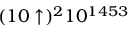
( 1 0 \uparrow ) ^ { 2 } 1 0 ^ { 1 4 5 3 }